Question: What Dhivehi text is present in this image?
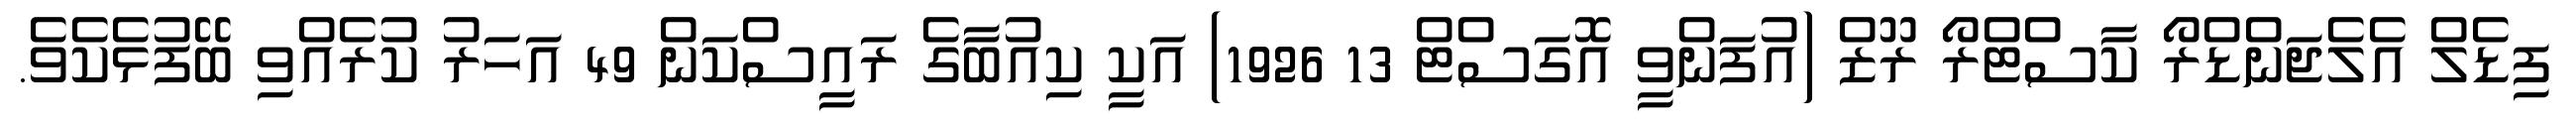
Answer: ފިޑެލް އެލެޖަންޑްރޯ ކާސްޓްރޯ ރޫޒް (އުފަންވީ އޮގަސްޓް 13 1926) އަކީ ކިއުބާގެ ރައީސްކަން 49 އަހަރު ކުރެއްވި ބޭފުޅެކެވެ.